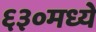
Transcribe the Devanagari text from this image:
६३०मध्ये